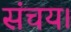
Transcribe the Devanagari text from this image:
संचय।